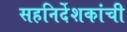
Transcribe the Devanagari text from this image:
सहनिर्देशकांची